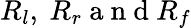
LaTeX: R_{l},\ R_{r}\mathrm{~a~n~d~}R_{f}